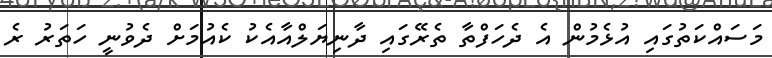
މަސައްކަތުގައި އުޅެމުން އެ ދެހަފްތާ ތެރޭގައި ދާނިޔަލްއާއެކު ކެއުމަށް ދެވުނީ ހަތަރު ރެ